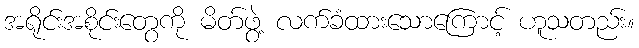
အရိုင်းအစိုင်းတွေကို မိတ်ဖွဲ့ လက်ခံထားသောကြောင့် ဟူသတည်း။